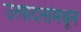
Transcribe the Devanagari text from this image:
उत्पादनांमधून